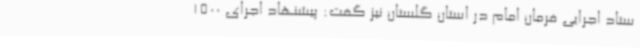
ستاد اجرایی فرمان امام در استان گلستان نیز گفت: پیشنهاد اجرای 1500